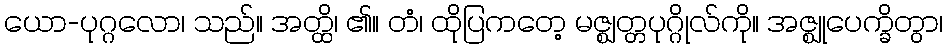
ယော-ပုဂ္ဂလော၊ သည်။ အတ္ထိ၊ ၏။ တံ၊ ထိုပြကတေ့ မဇ္ဈတ္တပုဂ္ဂိုလ်ကို။ အဇ္ဈုပေက္ခိတွာ၊